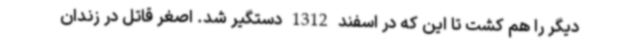
دیگر را هم کشت تا این که در اسفند 1312 دستگیر ‌شد. اصغر قاتل در زندان